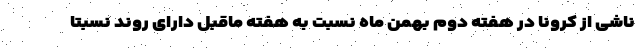
ناشی از کرونا در هفته دوم بهمن ماه نسبت به هفته ماقبل دارای روند نسبتا